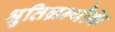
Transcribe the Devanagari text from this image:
श्रुतिग्रन्थौके